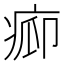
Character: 𱱒